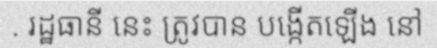
. រដ្ឋធានី នេះ ត្រូវបាន បង្កើតឡើង នៅ